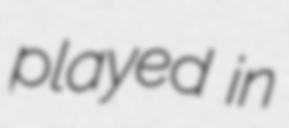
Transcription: played in